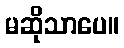
မဆိုသာပေ။